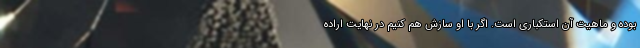
بوده و ماهیت آن استکباری است. اگر با او سازش هم کنیم در نهایت اراده